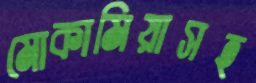
মোকামিয়াসহ